Newspaper: St. Charles City Republican intelligencer. [volume]
Place of publication: St. Charles City [Charles City], Iowa
Publisher: Hildreth & Carver
Date: 1860-07-05 00:00:00
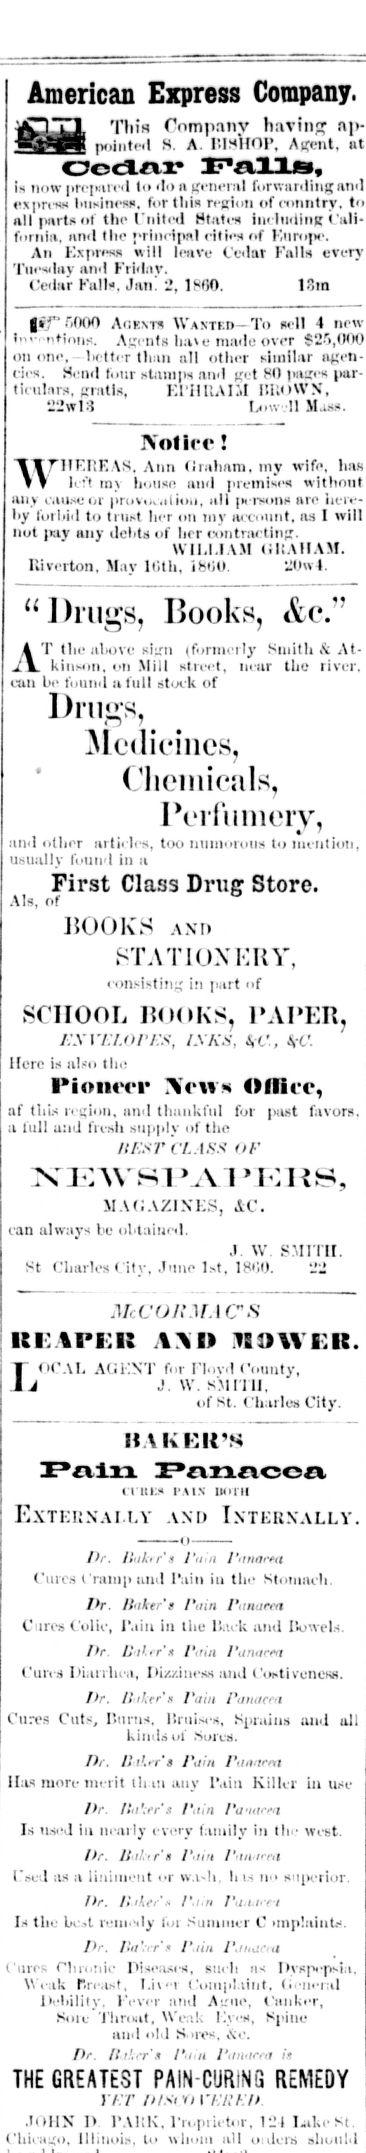
Advertisement text (OCR):
American Eipress 1ST Company. This Company having np ted S A I'MIOP. A-cnt, at Ocdnr Falls, is now |.!' it' '1 I" '1" ii u' if ril i.rv. aiding MMI express lii-in"-s. h-vtlii- "i. n "iintry, nil parts oi llirliiil. il Ml,it.-* he linuuft fornia, iiml tin- j'rincipnl ritira of Fnropc. An Express will liiive C'cilar Falls every Tuesday anil Friday. Cedar Full*. Jan. 2,1800. 18m AFIKN-RS WANTED—To wll 4 new tnv ntions. A'-ri nts have made over $25,000 on one, better tlnili all other similar agen cies. Send four stamps ami fji Si) pa^es par ticulars, gratis, KPHUAKd l!k»WN, "2wl3 Low .11 Mas*. Notice! WHEREAS.house Ann Graham, my wife, hm left m\ iiinl premise* without any cause or provo,,iio.i, nil |H rsons me here by loibid to trust hrr on tnv account, as I will not jniy any debts of her contractin WILLIAM OKAlIAM. Rimton, May 16th, ibtiU. V!0w4. "Drills, Books, &c." ATkinson. tin- above siirn (formei ly Smith & At Mn Mill street. itr the river, can be found a full stock of Drills, (licincs, ('licmicnls, Perfumery, and ntln aitieles, too Humorous to mention, usually found in a First Class Drug Store. AIs, of BOOKS AND STATIONERY, consisting in part of SCHOOL BOOKS, PAPER i:.xvu.ori:s, LXKS, \c, &>c. Here is al-o tin PiomTr Xrws Oflire, af tliis i' i i"ii, ami thankful for past favors, a lull und flesh supply of the nr.sr CLASS of N"EAVSI,A1 I: I ss, MAGAZINES, 4C. can always be obtained. J. W. SMITH. St t'harlcs I ity. June lut, 18»50. 22 M.-Cfj/nr.lCS iti.Ai'i:ii A\D NOWER. OCAl. Al !NT I"' i I'lovd County, \v. SMITH, of St. Charles City. AKRK'S Pain Panacea 1:1 hi\ is..: u EXTERNALLY AND INTERNALLY. Dr. Jlakir's Pain Panarea ('nits Cramp ami 1'ain iu the Stonuwli Dr. linker't fain Panafta Cmv*C'olie, r.iiu in the li.u k and Dow el- Dr. Uiltr'f Pitin I'anacta Cures Diarrhea, Dizziness tuid t,'antivcness. Dr. Hiker's Pain Panacea t'iKvs Cuts, Bums, liruises, Sprains au all kimls ol .Soren. Dr. Bdrr't Pain Panarra HM more merit than any l)r. litil.tr'* Pain Pannrea l.'sed as a liniment or w.i«h, w no mipei i a Dr. Hiker's P.iin Paiiace-t I- tie best reuiody for Summer implaiia- Dr. fiit'-tr'.' Pain P.iharra Cures Chrotiie Diseases, sm lis Dvspi-psla, Weak r.reast, I.ivr Complaint, (ii-neral Dehilily, Fever and Airne, Canki-r, SOIL- Throat, Weak lOys, Spine aii'l old Sow. &e. Dr. llrf.crI'i ii Panarra it THE GREATEST PAIN-CURING REMEDY Yf.v n r/:/:i .IOHN 1 l'AKK, rri.piictor. 121 UikeSt. CliicHgo, llliiioi I" uhoiii till 11 lers shuutd L'ain Kilter in u.~e Dr. /Inzer's Pain Po'iitcta Is used ilk nearly every family in the West
Label: illustrations